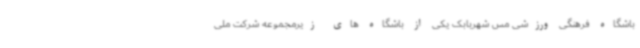
باشگاه فرهنگی ورزشی مس شهربابک یکی از باشگاه های زیرمجموعه شرکت ملی